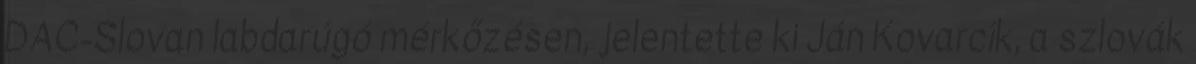
DAC-Slovan labdarúgó mérkőzésen, jelentette ki Ján Kovarcík, a szlovák